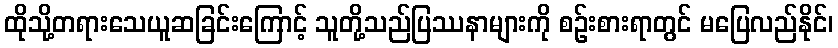
ထိုသို့တရားသေယူဆခြင်းကြောင့် သူတို့သည်ပြဿနာများကို စဉ်းစားရာတွင် မပြေလည်နိုင်၊